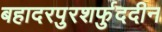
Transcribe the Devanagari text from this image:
बहादरपुरशर्फुददीन